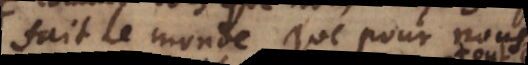
fait le monde que pour nous,